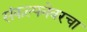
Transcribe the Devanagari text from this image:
संकल्पनेवरचा